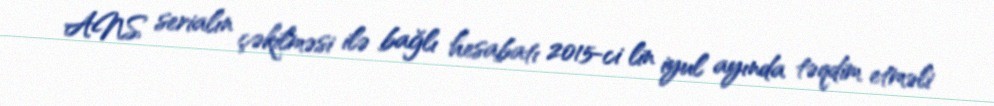
ANS serialın çəkilməsi ilə bağlı hesabatı 2015-ci lin iyul ayında təqdim etməli